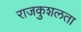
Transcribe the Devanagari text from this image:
राजकुशलता